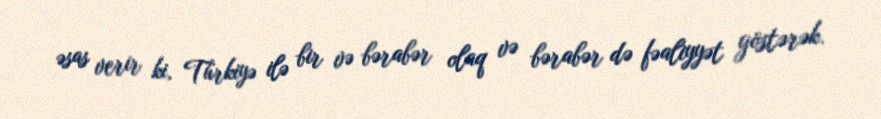
əsas verir ki, Türkiyə ilə bir və bərabər olaq və bərabər də fəaliyyət göstərək.